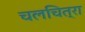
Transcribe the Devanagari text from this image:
चलचित्रा